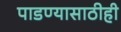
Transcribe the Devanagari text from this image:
पाडण्यासाठीही